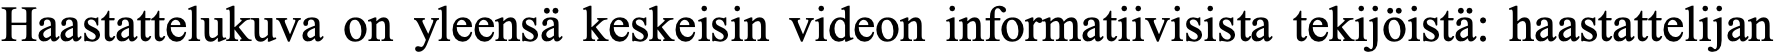
Haastattelukuva on yleensä keskeisin videon informatiivisista tekijöistä: haastattelijan